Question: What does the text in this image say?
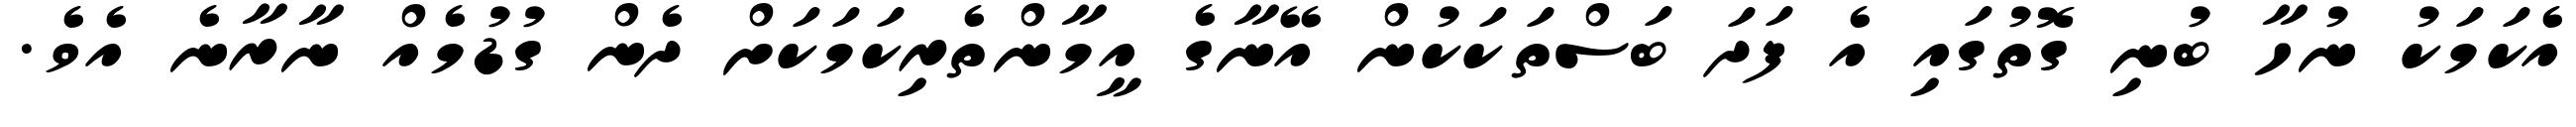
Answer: އެކަމަކު ނުހާ ބުނި ގޮތުގައި އެ ފަދަ ބަސްތަކަކުން އޭނާގެ އީމާންތެރިކަމަކަށް ދެން ގުޑުމެއް ނާރާނެ އެވެ.